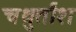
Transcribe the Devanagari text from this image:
चथुर्तांश